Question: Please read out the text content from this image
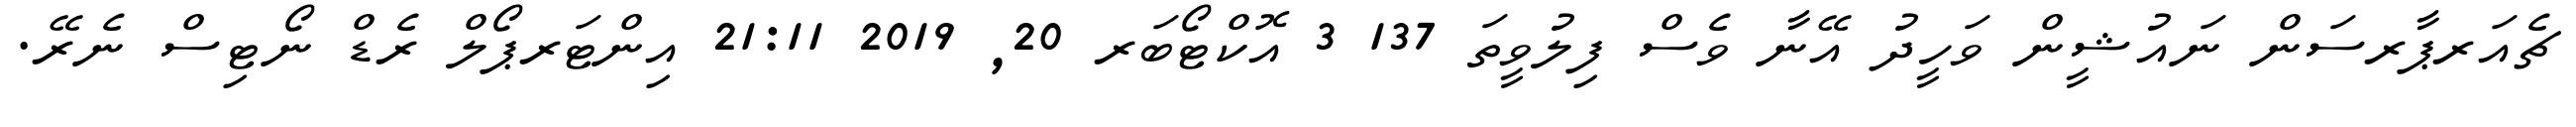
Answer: ޗެއަރޕާރސަން ނައުޝީން ވަހީދު އޭނާ ވެސް ފިލުވީތަ 137 3 އޮކްޓޯބަރ 20, 2019 21:11 އިންޓަރޕޯލް ރެޑް ނޯޓިސް ނެރޭ.